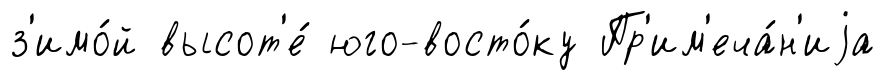
з'имо́й высот'е́ юго-восто́ку Пр'им'еча́н'иjа